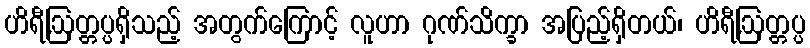
ဟိရီ,ဩတ္တပ္ပရှိသည့် အတွက်ကြောင့် လူဟာ ဂုဏ်သိက္ခာ အပြည့်ရှိတယ်၊ ဟိရီ,ဩတ္တပ္ပ